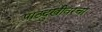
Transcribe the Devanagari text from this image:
पाठदुखीवरचा